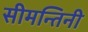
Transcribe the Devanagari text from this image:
सीमन्तिनी